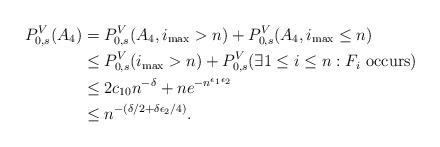
LaTeX: \begin{align*}P_{0,s}^V(A_4)& = P_{0,s}^V(A_4, i_{\max} > n) + P_{0,s}^V(A_4, i_{\max} \leq n) \\& \leq P_{0,s}^V(i_{\max} > n) + P_{0,s}^V(\exists 1 \leq i \leq n: F_i \mbox{ occurs}) \\& \leq 2c_{10}n^{-\delta} + n e^{-n^{\epsilon_1 \epsilon_2}} \\& \leq n^{-(\delta/2 + \delta \epsilon_2/4)}.\end{align*}